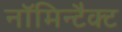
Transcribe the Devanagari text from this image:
नॉमिन्टैक्ट